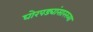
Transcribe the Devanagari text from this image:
घोरपड्यांसारख्या